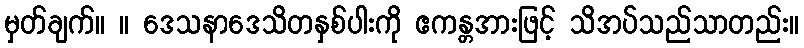
မှတ်ချက်။ ။ ဒေသနာဒေသိတနှစ်ပါးကို ဧကန္တအားဖြင့် သိအပ်သည်သာတည်း။